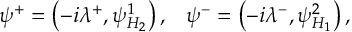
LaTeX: \psi ^ { + } = \left( - i \lambda ^ { + } , \psi _ { H _ { 2 } } ^ { 1 } \right) , \; \; \; \psi ^ { - } = \left( - i \lambda ^ { - } , \psi _ { H _ { 1 } } ^ { 2 } \right) ,